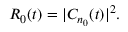
\begin{array} { r } { R _ { 0 } ( t ) = | C _ { n _ { 0 } } ( t ) | ^ { 2 } . } \end{array}